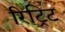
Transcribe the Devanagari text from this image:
रिट्रिट